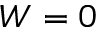
W = 0